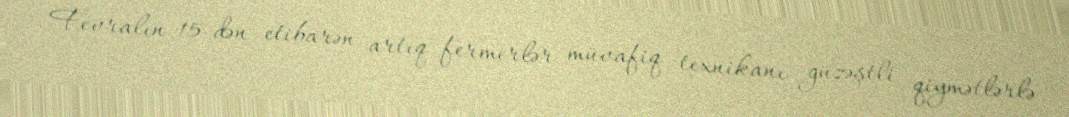
Fevralın 15-dən etibarən artıq fermerlər müvafiq texnikanı güzəştli qiymətlərlə